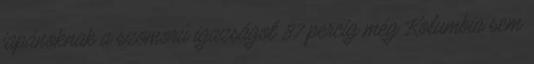
japánoknak a szomorú igazságot 87 percig még Kolumbia sem